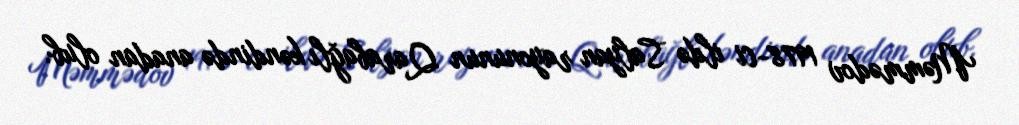
Məmmədov 1978-ci ildə Salyan rayonunun Qarabağlı kəndində anadan olub.